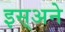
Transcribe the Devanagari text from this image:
इस्अने